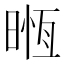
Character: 𣈶